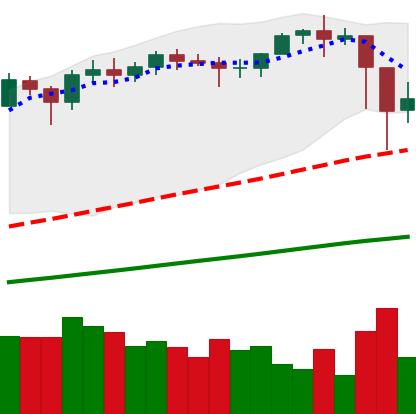
Ticker: ETH-USD
Chart end date: 2021-02-24
Forward return: -3.804%
Label: down_3_5